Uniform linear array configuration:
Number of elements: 4
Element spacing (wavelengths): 0.25
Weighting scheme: exponential
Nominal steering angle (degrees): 45
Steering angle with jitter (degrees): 46.455
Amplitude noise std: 0.05
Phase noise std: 0.05

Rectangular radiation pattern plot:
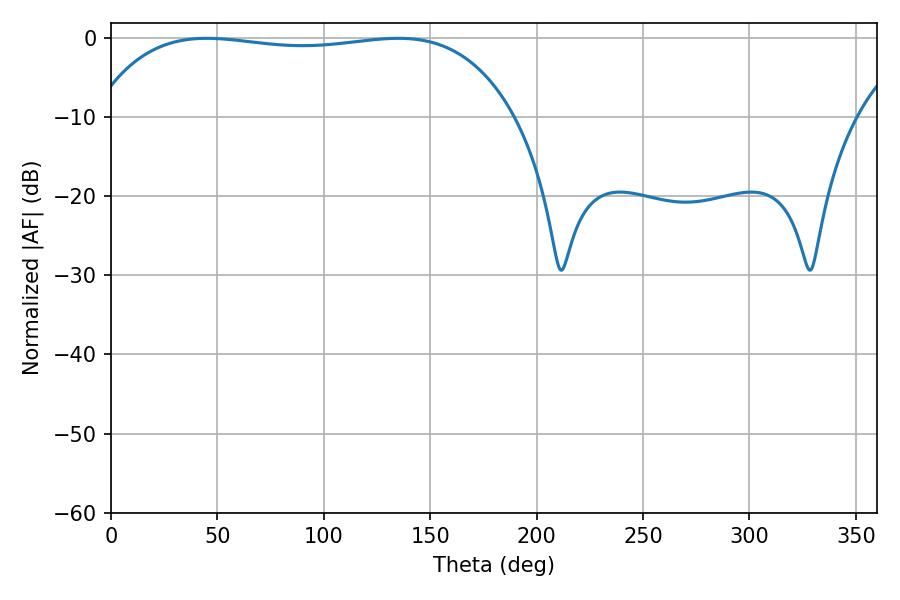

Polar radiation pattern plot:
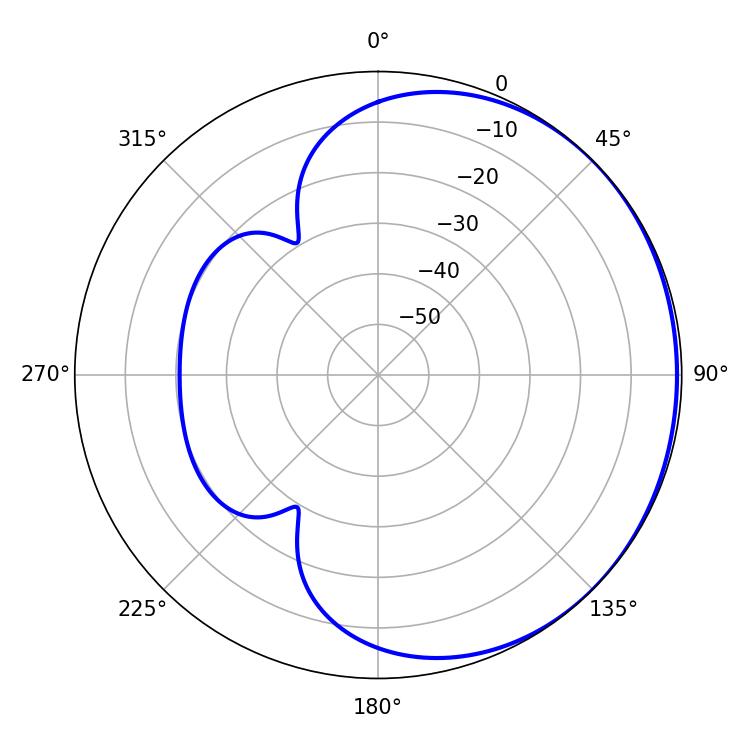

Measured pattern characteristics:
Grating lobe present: FALSE
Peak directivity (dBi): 0.6284
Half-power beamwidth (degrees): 158.04
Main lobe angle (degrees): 45